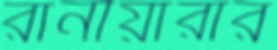
রানীয়ারার